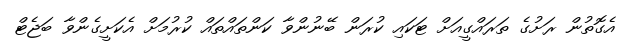
އެގޮތުން ރަށުގެ ތަރައްގީއަށް ޓަކައި ކުރަން ބޭނުންވާ ކަންތައްތައް ކުރުމަށް އެކަށީގެންވާ ބަޖެޓް